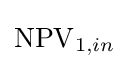
\operatorname {NPV} _{1,in}